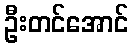
ဦးတင်အောင်